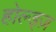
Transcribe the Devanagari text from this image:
होल्ड्ज़